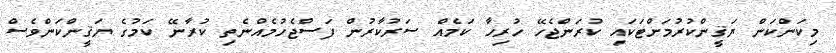
މިކަންކަން ޔަޤީންކުރުމަށްޓަކައި ކުރަންޖެހޭ ހުރިހާ ކަމެއް ސަރުކާރުން ފަސްޖެހުމެއްނެތި ކުރާނޭ ކަމުގެ ޔަޤީންކަންވެސް